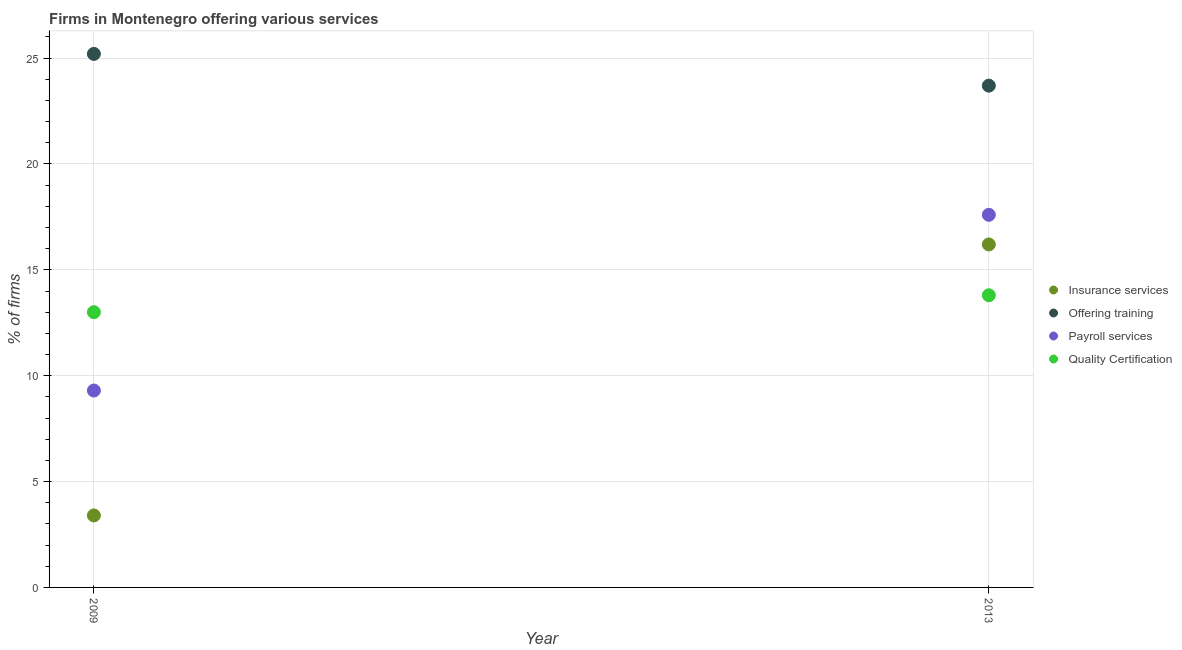
| Year | Insurance services | Offering training | Payroll services | Quality Certification |
 | --- | --- | --- | --- | --- |
 | 2009 | 3.4 | 25.2 | 9.3 | 13 |
 | 2013 | 16.2 | 23.7 | 17.6 | 13.8 |